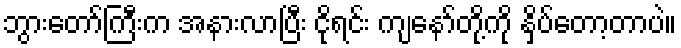
ဘွားတော်ကြီးက အနားလာပြီး ငိုရင်း ကျနော်တို့ကို နှိပ်တော့တာပဲ။